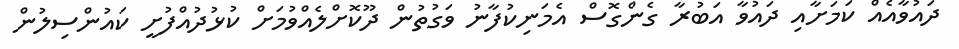
ދައުވާއެއް ކަމަށާއި ދައުވާ އަބުރާ ގެންގޮސް އެމަނިކުފާނު ވަގުތުން ދޫކޮށްލެއްވުމަށް ކުޅުދުއްފުށީ ކައުންސިލުން